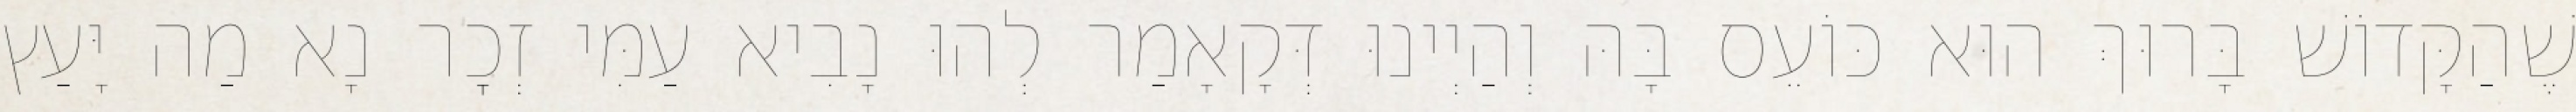
שֶׁהַקָּדוֹשׁ בָּרוּךְ הוּא כּוֹעֵס בָּהּ וְהַיְינוּ דְּקָאָמַר לְהוּ נָבִיא עַמִּי זְכׇר נָא מַה יָּעַץ